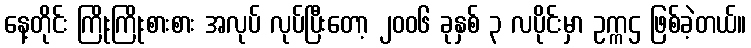
နေ့တိုင်း ကြိုးကြိုးစားစား အလုပ် လုပ်ပြီးတော့ ၂၀၀၆ ခုနှစ် ၃ လပိုင်းမှာ ဥက္ကဌ ဖြစ်ခဲ့တယ်။